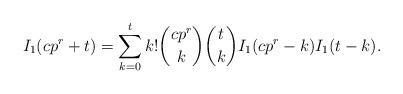
LaTeX: \begin{align*}I_{1}(cp^{r}+t) = \sum_{k=0}^{t} k! \binom{cp^{r}}{k} \binom{t}{k} I_{1}(cp^{r}-k) I_{1}(t-k).\end{align*}